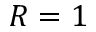
R = 1